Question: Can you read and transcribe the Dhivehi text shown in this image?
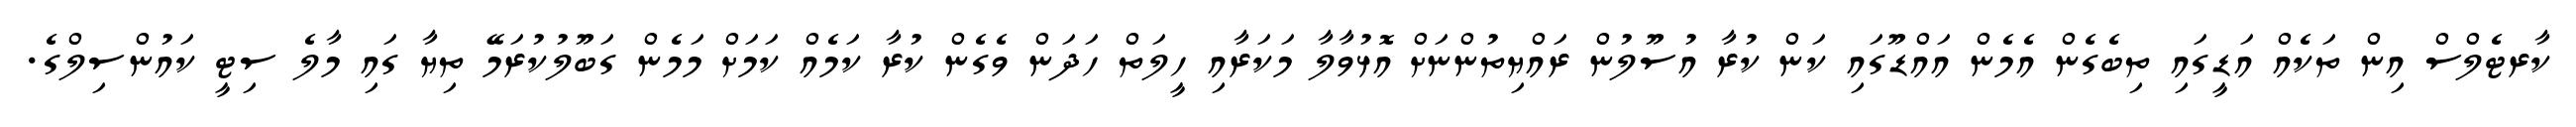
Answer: ކާރޓެލްސް އިން ތަކެއް އަޑީގައި ތިބެގެން އެމެން އައްޑޫގައި ކަން ކުރާ އުސޫލުން ރައްޔިތުންނަށް އޮޅުވާލާ މަކަރާއި ހީލަތް ހަދަން ވެގެން ކުރާ ކަމެއް ކަމަށް މަމެން ގަބޫލުކުރަމޭ ތިޔާ ގައި މާލެ ސިޓީ ކައުންސިލްގެ.